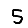
Digit: 5